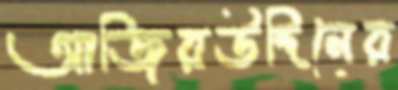
আজিরউদ্দিনের